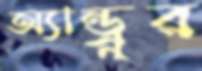
অ্যান্ড্রুর